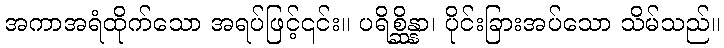
အကာအရံထိုက်သော အရပ်ဖြင့်၎င်း။ ပရိစ္ဆိန္နာ၊ ပိုင်းခြားအပ်သော သိမ်သည်။